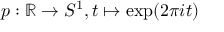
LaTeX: p : \mathbb { R } \to S ^ { 1 } , t \mapsto \exp ( 2 \pi i t )